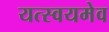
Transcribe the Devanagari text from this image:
यत्स्वयमेव